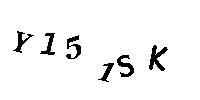
Y151SK